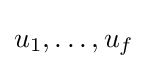
u_{1},\ldots ,u_{f}